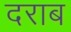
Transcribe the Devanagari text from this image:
दराब